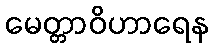
မေတ္တာဝိဟာရေန